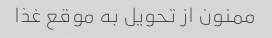
ممنون از تحویل به موقع غذا